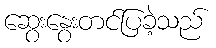
ဆွေးနွေးတင်ပြခဲ့သည်